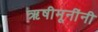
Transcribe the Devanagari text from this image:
ऋषीमूनींनी